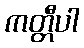
ကတ္တီပါ